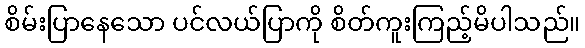
စိမ်းပြာနေသော ပင်လယ်ပြာကို စိတ်ကူးကြည့်မိပါသည်။